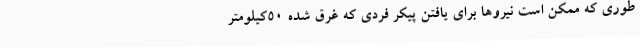
طوری که ممکن است نیروها برای یافتن پیکر فردی که غرق شده 50کیلومتر